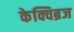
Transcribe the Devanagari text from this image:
केक्विब्रज